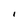
Character: I